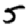
Digit: 5